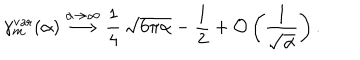
LaTeX: \gamma _ { m } ^ { \mathrm { v a r } } ( \alpha ) \stackrel { \alpha \to \infty } { \longrightarrow } \frac { 1 } { 4 } \, \sqrt { 6 \pi \alpha } - \frac { 1 } { 2 } + { \cal O } \left( \frac { 1 } { \sqrt { \alpha } } \right) .